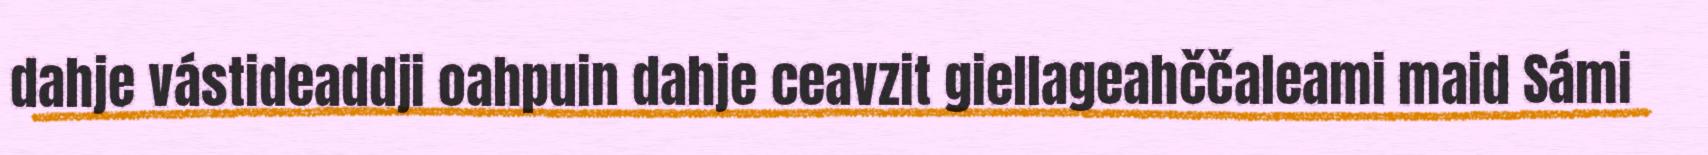
dahje vástideaddji oahpuin dahje ceavzit giellageahččaleami maid Sámi